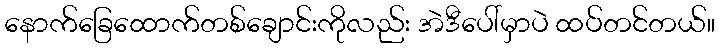
နောက်ခြေထောက်တစ်ချောင်းကိုလည်း အဲဒီပေါ်မှာပဲ ထပ်တင်တယ်။